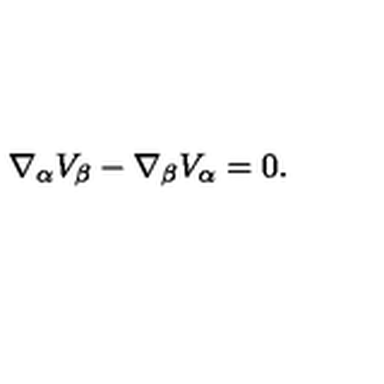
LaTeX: \nabla _ { \alpha } V _ { \beta } - \nabla _ { \beta } V _ { \alpha } = 0 .